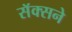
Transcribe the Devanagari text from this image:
सॅक्सने